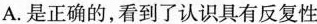
A.是正确的，看到了认识具有反复性